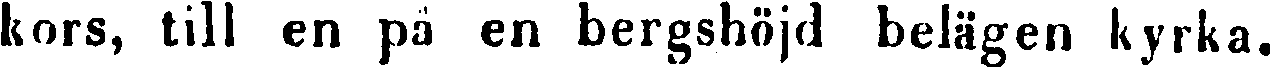
kors, till en på en bergshöjd belägen kyrka.